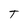
Character: T